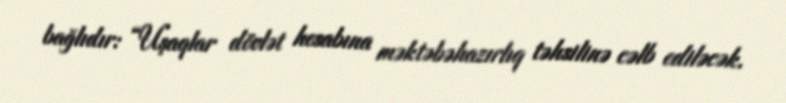
bağlıdır: “Uşaqlar dövlət hesabına məktəbəhazırlıq təhsilinə cəlb ediləcək.